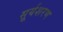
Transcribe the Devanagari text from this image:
सूर्यशरण